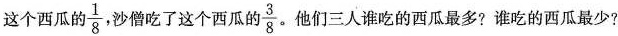
这个西瓜的\frac{1}{8}，沙僧吃了这个西瓜的\frac{3}{8}。他们三人谁吃的西瓜最多?谁吃的西瓜最少?